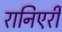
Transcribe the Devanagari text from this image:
रानिएरी